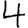
Digit: 4